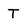
Character: T